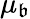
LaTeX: \mu_{\mathfrak{b}}